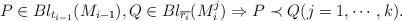
LaTeX: \begin{align*} P\in Bl_{t_{i-1}}(M_{i-1}), Q\in Bl_{\overline{r_i}}(M_i^j)\Rightarrow P\prec Q(j=1, \cdots, k). \end{align*}